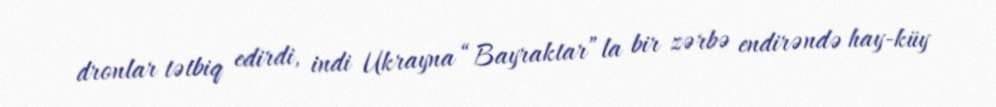
dronlar tətbiq edirdi, indi Ukrayna “Bayraktar”la bir zərbə endirəndə hay-küy